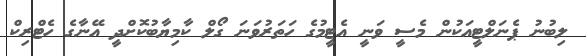
ލިބުނު ޕެނަލްޓީއަކުން މެސީ ވަނީ އެޓީމުގެ ހަތަރުވަނަ ގޯލް ކާމިޔާބުކޮށްދީ އޭނާގެ ހެޓްރިކް